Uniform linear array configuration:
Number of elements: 8
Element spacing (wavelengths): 0.75
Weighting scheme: kaiser
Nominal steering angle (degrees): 15
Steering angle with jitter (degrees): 14.93
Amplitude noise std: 0.05
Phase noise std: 0.05

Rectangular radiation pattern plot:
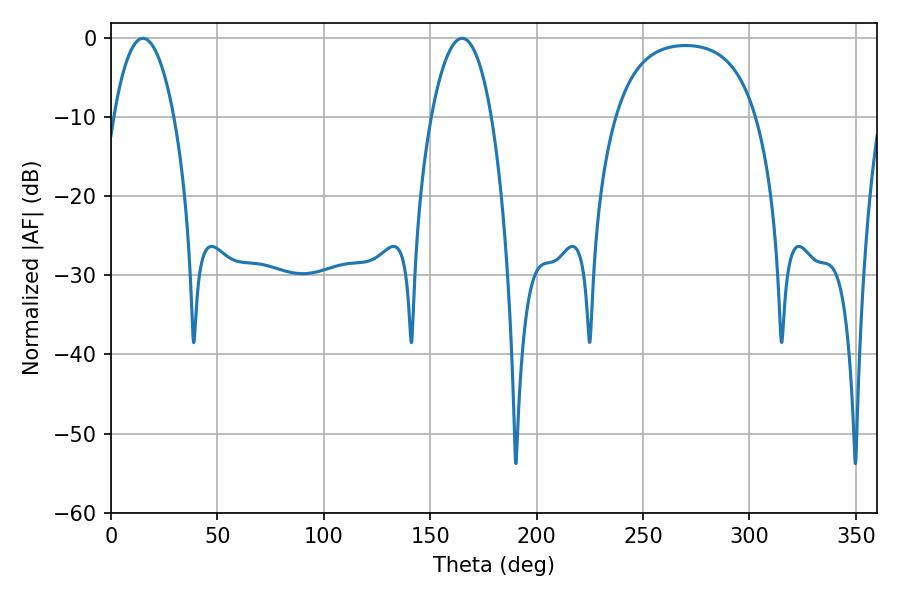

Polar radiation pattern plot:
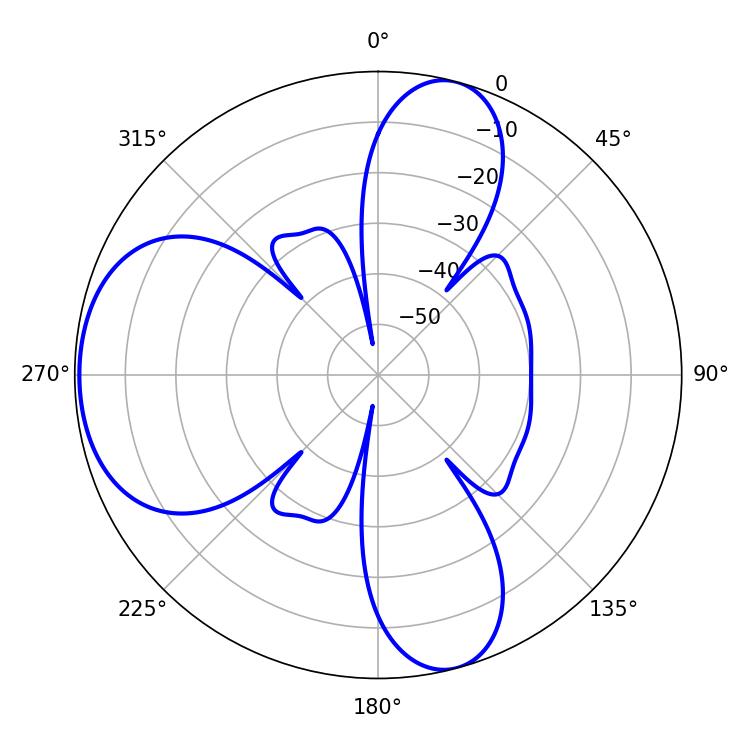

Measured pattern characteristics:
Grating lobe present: TRUE
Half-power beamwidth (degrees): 15.84
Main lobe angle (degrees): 165.06